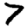
Digit: 7